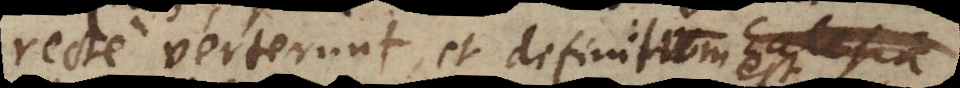
recte verterunt, et definitum